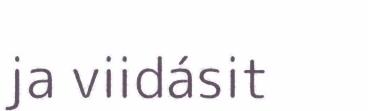
ja viidásit